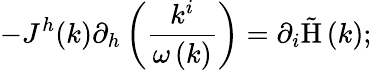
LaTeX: -J^{h}(k)\partial_{h}\left(\frac{k^{i}}{\omega\left(k\right)}\right)=\partial_{i}\mathrm{\tilde{H}}\left(k\right);